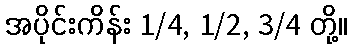
အပိုင်းကိန်း 1/4, 1/2, 3/4 တို့။